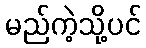
မည်ကဲ့သို့ပင်